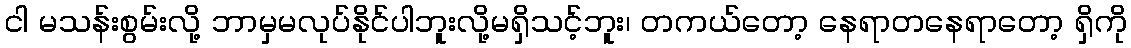
ငါ မသန်းစွမ်းလို့ ဘာမှမလုပ်နိုင်ပါဘူးလို့မရှိသင့်ဘူး၊ တကယ်တော့ နေရာတနေရာတော့ ရှိကို